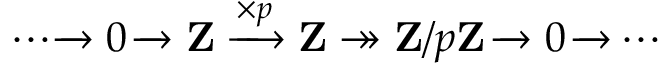
\cdots { \xrightarrow { } } \; 0 \; { \xrightarrow { } } \; \mathbf { Z } \; { \xrightarrow { \times p } } \; \mathbf { Z } \twoheadrightarrow \mathbf { Z } / p \mathbf { Z } \; { \xrightarrow { } } \; 0 \; { \xrightarrow { } } \cdots